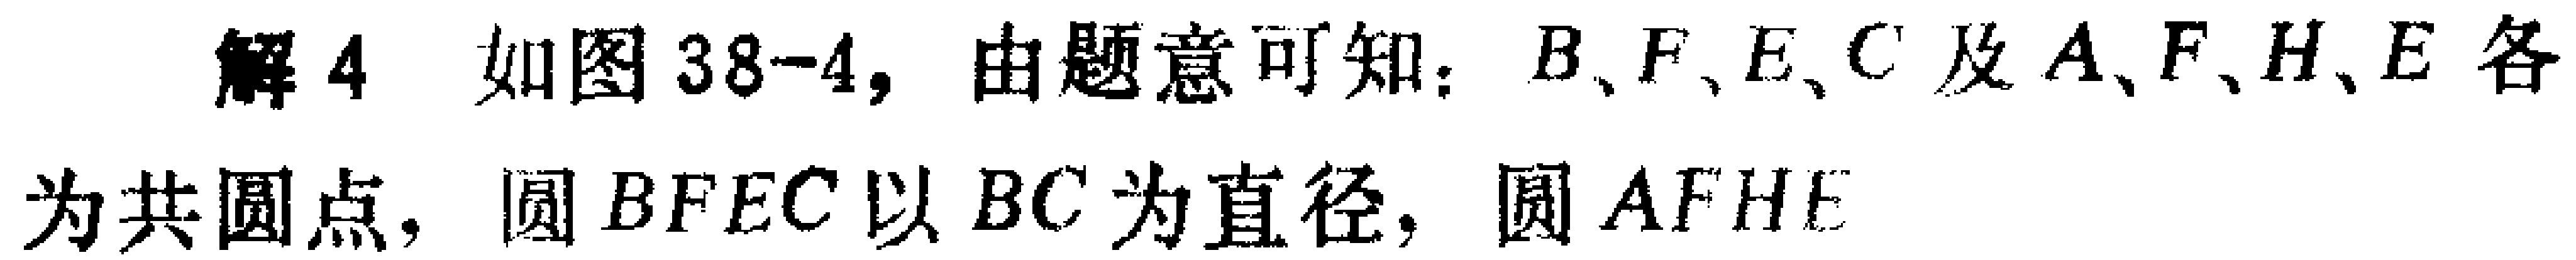
解4 如图38-4, 由题意可知：$B、F、E、C$及$A、F、H、E$各为共圆点, 圆$BFEC$以$BC$为直径, 圆$AFHE$